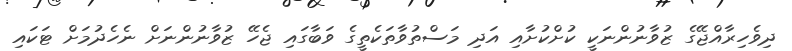
ދިވެހިރާއްޖޭގެ ޒުވާނުންނަކީ ކުށްކުށާއި އަދި މަސްތުވާތަކެތީގެ ވަބާގައި ޖެހޭ ޒުވާނުންނަށް ނެހެދުމަށް ޓަކައި